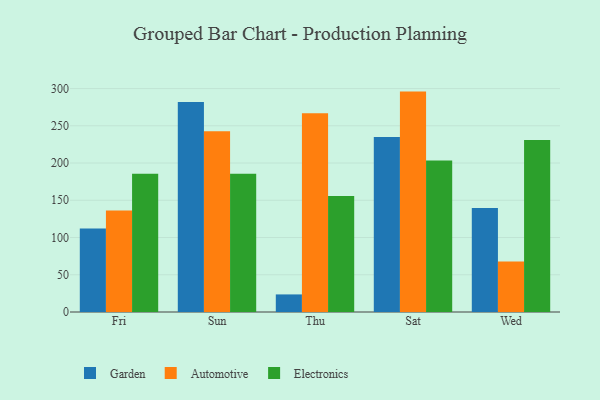
{"axis": {"x": "Day", "y": "Shipments"}, "legend": ["Automotive", "Electronics", "Garden"], "data": [{"x": "Fri", "y": 112.0, "type": "Garden"}, {"x": "Fri", "y": 136.4, "type": "Automotive"}, {"x": "Fri", "y": 185.7, "type": "Electronics"}, {"x": "Sun", "y": 281.9, "type": "Garden"}, {"x": "Sun", "y": 242.8, "type": "Automotive"}, {"x": "Sun", "y": 185.5, "type": "Electronics"}, {"x": "Thu", "y": 23.6, "type": "Garden"}, {"x": "Thu", "y": 267.0, "type": "Automotive"}, {"x": "Thu", "y": 155.9, "type": "Electronics"}, {"x": "Sat", "y": 234.9, "type": "Garden"}, {"x": "Sat", "y": 295.9, "type": "Automotive"}, {"x": "Sat", "y": 203.3, "type": "Electronics"}, {"x": "Wed", "y": 139.6, "type": "Garden"}, {"x": "Wed", "y": 67.7, "type": "Automotive"}, {"x": "Wed", "y": 231.0, "type": "Electronics"}]}